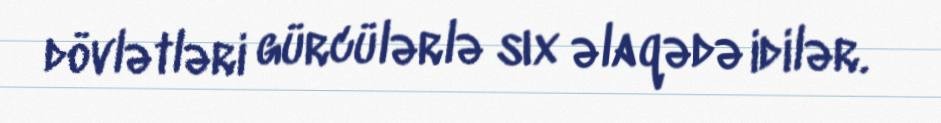
dövlətləri gürcülərlə sıx əlaqədə idilər.